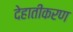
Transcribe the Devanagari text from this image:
देहातीकरण